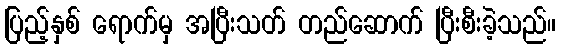
ပြည့်နှစ် ရောက်မှ အပြီးသတ် တည်ဆောက် ပြီးစီးခဲ့သည်။